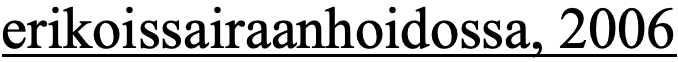
erikoissairaanhoidossa, 2006